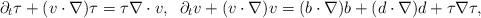
LaTeX: \begin{align*}\partial_t \tau +(v\cdot\nabla)\tau=\tau\nabla\cdot v,\;\;\partial_t v +(v\cdot\nabla)v=(b\cdot\nabla)b+(d\cdot\nabla)d+\tau\nabla\tau,\end{align*}